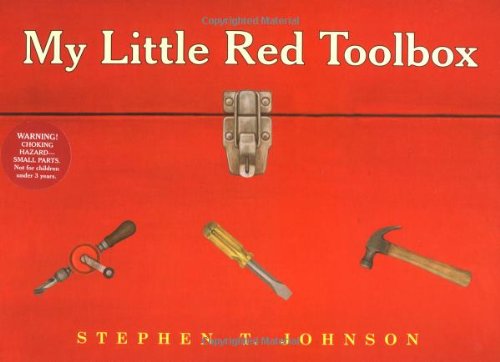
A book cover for My Little Red Toolbox; Stephen T. Johnson; Children's Books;